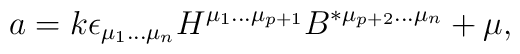
a=k\epsilon_{\mu_1\ldots \mu_n}H^{\mu_1 \ldots\mu_{p+1}}B^{*\mu_{p+2} \ldots \mu_n} +\mu,